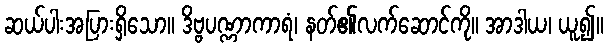
ဆယ်ပါးအပြားရှိသော။ ဒိဗ္ဗပဏ္ဏာကာရံ၊ နတ်၏လက်ဆောင်ကို။ အာဒါယ၊ ယူ၍။